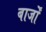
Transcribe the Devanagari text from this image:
बार्जों